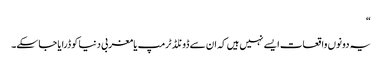
“
یہ دونوں واقعات ایسے نہیں ہیں کہ ان سے ڈونلڈ ٹرمپ یا مغربی دنیا کو ڈرایا جا سکے۔